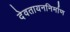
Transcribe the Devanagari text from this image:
देवतायननिर्माण